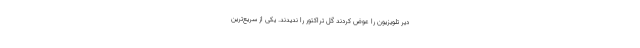
دیر تلویزیون را عوض کردند گل تراکتور را ندیدند. یکی از سریع‌ترین